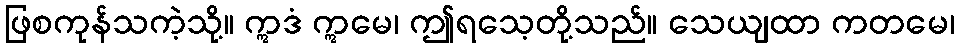
ဖြစကုန်သကဲ့သို့။ ဣဒံ ဣမေ၊ ဤရသေ့တို့သည်။ သေယျထာ ကတမေ၊